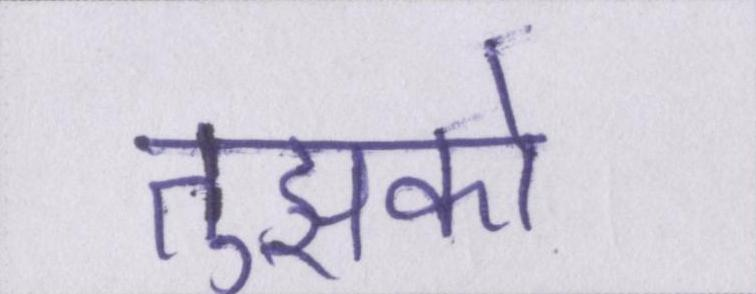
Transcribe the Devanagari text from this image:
तुझको